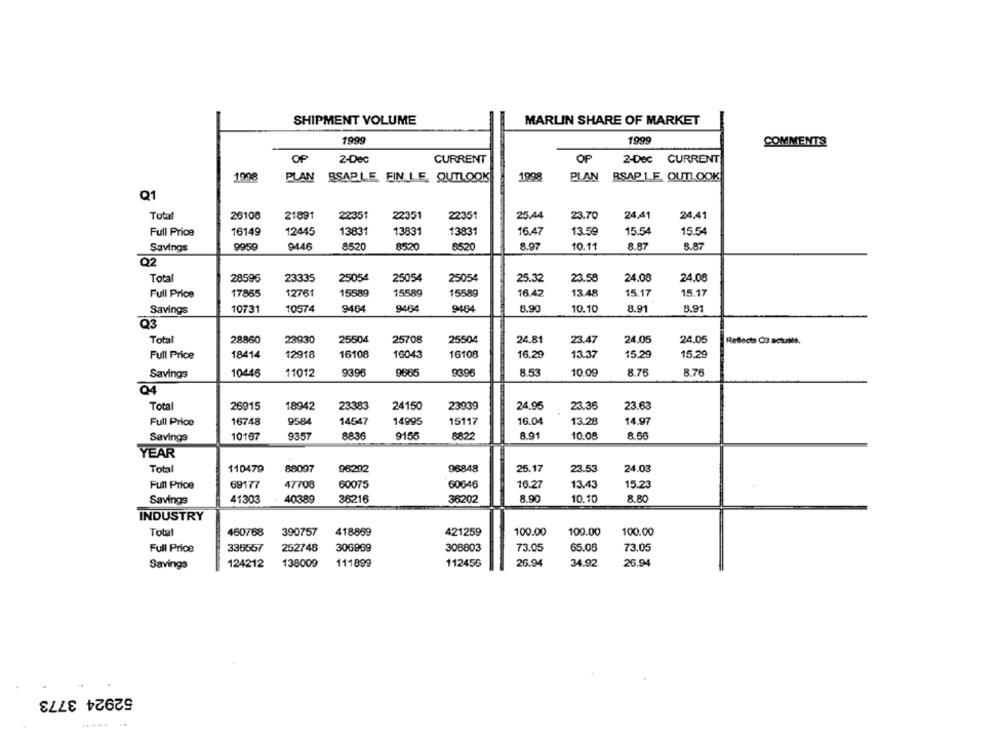
SHIPMENT VOLUME
MARLIN SHARE OF MARKET
1999
1999
COMMENTS
OP
2-Dec
CURRENT
OP
2-Dec CURRENT
1998
PLAN BSAPLE, FIN LE. OUTLOOK
1998
PLAN BSAP LE OUTLOOK
Q1
Total
26108
21891
22351
22351
22351
25.44
23.70
24,41
24.41
12445
13831
13831
13831
16.47
13.59
15.54
15.54
Full Price
16149
Savings
9959
9446
8520
8520
8520
8.97
10.11
8.87
8.87
Q2
Total
28596
23335
25054
25054
25054
25.32
23.58
24.08
24.08
Full Price
17865
12761
15589
15589
15589
16.42
13.48
15.17
15.17
Savings
10731
10574
9464
9464
9464
8.90
10.10
8.91
5.91
Q3
Total
28860
23930
25504
25708
25504
24.81
23.47
24.05
24.05
Reflects C3 actuais.
Full Price
18414
12918
16108
16043
16108
16.29
13.37
15.29
15.29
9396
8.53
8.76
Savings
10446
11012
9396
9665
10.09
8.76
04
Total
26915
18942
23383
24150
23939
24.95
23.36
23.63
Full Price
16748
9584
14547
14995
15117
16.04
13.28
14.97
Savings
10167
9357
8836
9155
8822
8.91
10.08
8.66
YEAR
Total
110479
88097
96848
25.17
23.53
24.03
96292
15.23
Full Price
69177
47708
60075
60646
16.27
13.43
8.90
10.10
8.80
Savings
41303
40389
36216
36202
INDUSTRY
Total
460768
390757
418859
421259
100.00
100.00
100.00
Full Price
336557
252748
306989
308803
73.05
65.08
73.05
Savings
124212
138009
111899
112455
26.94
34.92
26.94
52924 3773